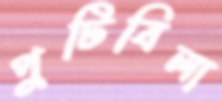
পুটিবিলা